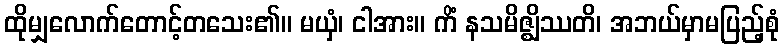
ထိုမျှလောက်တောင့်တသေး၏။ မယှံ၊ ငါအား။ ကိံ နသမိဇ္ဈိဿတိ၊ အဘယ်မှာမပြည့်စုံ